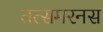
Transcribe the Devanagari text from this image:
तत्समरनस